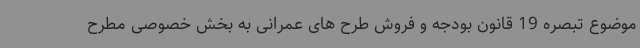
موضوع تبصره 19 قانون بودجه و فروش طرح های عمرانی به بخش خصوصی مطرح